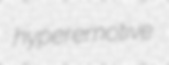
hyperemotive